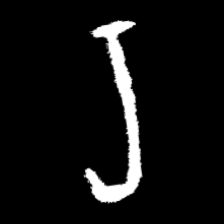
Pyu character \u2014 Myanmar letter: ရ (romanized: ra)